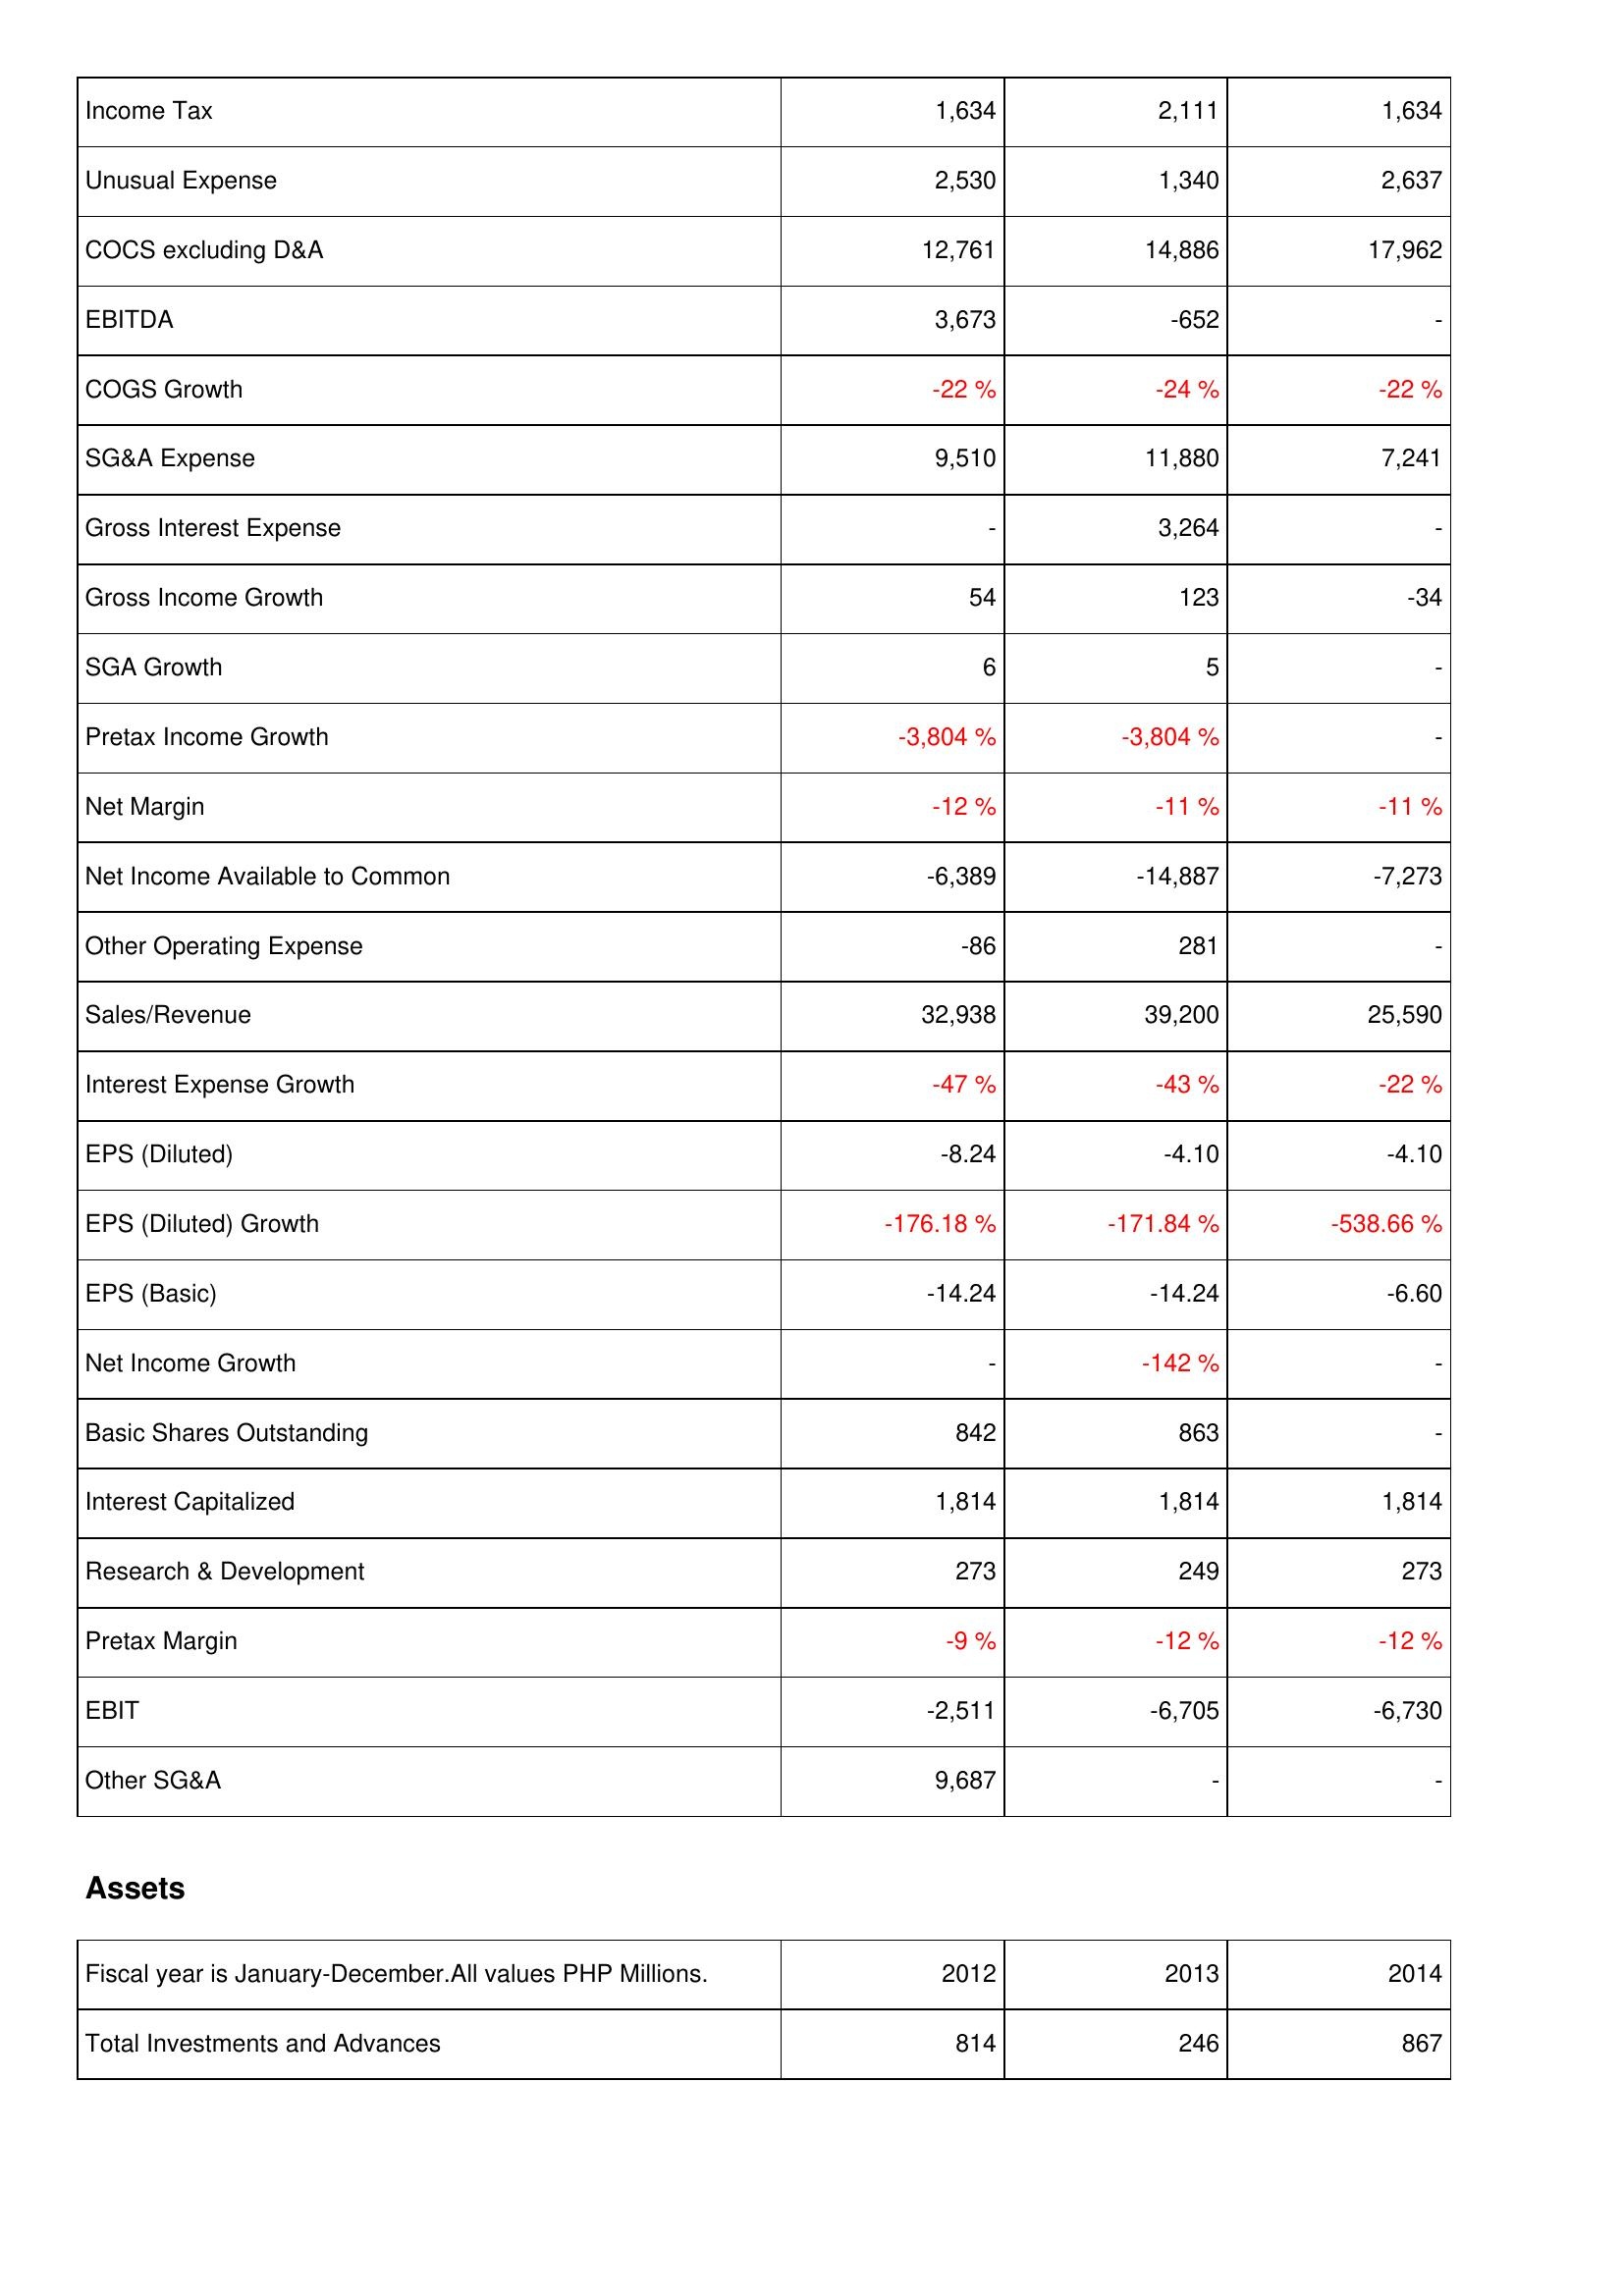
2012: Income Statement: Income Tax: 1,634
Unusual Expense: 2,530
COCS excluding D&A: 12,761
EBITDA: 3,673
COGS Growth: -22 %
SG&A Expense: 9,510
Gross Interest Expense: -
Gross Income Growth: 54
SGA Growth: 6
Pretax Income Growth: -3,804 %
Net Margin: -12 %
Net Income Available to Common: -6,389
Other Operating Expense: -86
Sales/Revenue: 32,938
Interest Expense Growth: -47 %
EPS (Diluted): -8.24
EPS (Diluted) Growth: -176.18 %
EPS (Basic): -14.24
Net Income Growth: -
Basic Shares Outstanding: 842
Interest Capitalized: 1,814
Research & Development: 273
Pretax Margin: -9 %
EBIT: -2,511
Other SG&A: 9,687
Assets: Total Investments and Advances: 814
2013: Income Statement: Income Tax: 2,111
Unusual Expense: 1,340
COCS excluding D&A: 14,886
EBITDA: -652
COGS Growth: -24 %
SG&A Expense: 11,880
Gross Interest Expense: 3,264
Gross Income Growth: 123
SGA Growth: 5
Pretax Income Growth: -3,804 %
Net Margin: -11 %
Net Income Available to Common: -14,887
Other Operating Expense: 281
Sales/Revenue: 39,200
Interest Expense Growth: -43 %
EPS (Diluted): -4.10
EPS (Diluted) Growth: -171.84 %
EPS (Basic): -14.24
Net Income Growth: -142 %
Basic Shares Outstanding: 863
Interest Capitalized: 1,814
Research & Development: 249
Pretax Margin: -12 %
EBIT: -6,705
Other SG&A: -
Assets: Total Investments and Advances: 246
2014: Income Statement: Income Tax: 1,634
Unusual Expense: 2,637
COCS excluding D&A: 17,962
EBITDA: -
COGS Growth: -22 %
SG&A Expense: 7,241
Gross Interest Expense: -
Gross Income Growth: -34
SGA Growth: -
Pretax Income Growth: -
Net Margin: -11 %
Net Income Available to Common: -7,273
Other Operating Expense: -
Sales/Revenue: 25,590
Interest Expense Growth: -22 %
EPS (Diluted): -4.10
EPS (Diluted) Growth: -538.66 %
EPS (Basic): -6.60
Net Income Growth: -
Basic Shares Outstanding: -
Interest Capitalized: 1,814
Research & Development: 273
Pretax Margin: -12 %
EBIT: -6,730
Other SG&A: -
Assets: Total Investments and Advances: 867